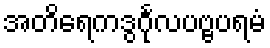
အတိရေကဒွင်္ဂုလပဗ္ဗပရမံ